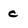
Character: c